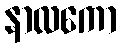
နာလကော